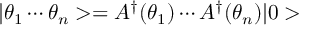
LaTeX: | \theta _ { 1 } \cdots \theta _ { n } > = A ^ { \dagger } ( \theta _ { 1 } ) \cdots A ^ { \dagger } ( \theta _ { n } ) | 0 >